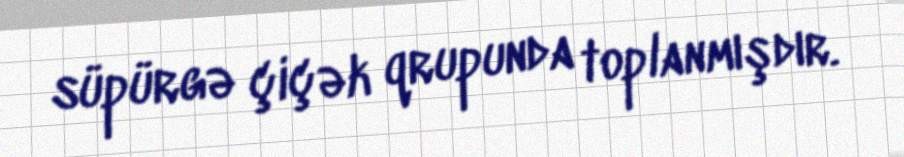
süpürgə çiçək qrupunda toplanmışdır.